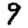
Digit: 9